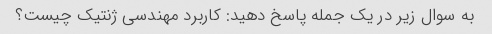
به سوال زیر در یک جمله پاسخ دهید: کاربرد مهندسی ژنتیک چیست؟